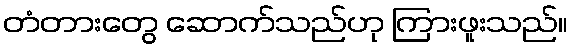
တံတားတွေ ဆောက်သည်ဟု ကြားဖူးသည်။